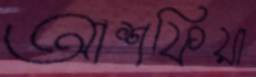
আশফিয়া